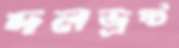
দলভ্রষ্ট